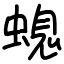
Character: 螅